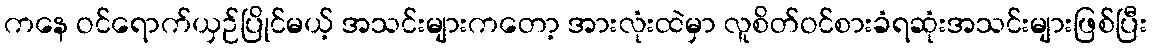
ကနေ ဝင်ရောက်ယှဉ်ပြိုင်မယ့် အသင်းများကတော့ အားလုံးထဲမှာ လူစိတ်ဝင်စားခံရဆုံးအသင်းများဖြစ်ပြီး